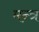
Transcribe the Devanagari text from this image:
मन्‍त्र